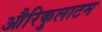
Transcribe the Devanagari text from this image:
औरिकुलाटम